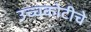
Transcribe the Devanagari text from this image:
उच्चकोटीचे